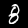
Label: 8